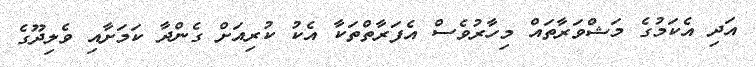
އަދި އެކަމުގެ މަޝްވަރާތައް މިހާރުވެސް އެފަރާތްތަކާ އެކު ކުރިއަށް ގެންދާ ކަމަށާއި ވެލިދޫގެ